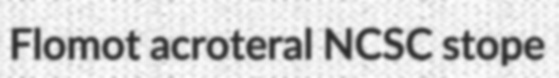
Flomot acroteral NCSC stope